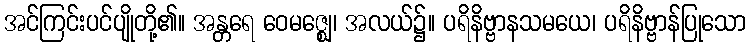
အင်ကြင်းပင်ပျိုတို့၏။ အန္တရေ ဝေမဇ္ဈေ၊ အလယ်၌။ ပရိနိဗ္ဗာနသမယေ၊ ပရိနိဗ္ဗာန်ပြုသော